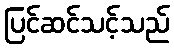
ပြင်ဆင်သင့်သည်